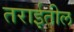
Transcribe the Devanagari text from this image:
तराईतील